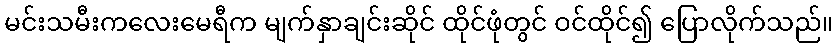
မင်းသမီးကလေးမေရီက မျက်နှာချင်းဆိုင် ထိုင်ဖုံတွင် ဝင်ထိုင်၍ ပြောလိုက်သည်။